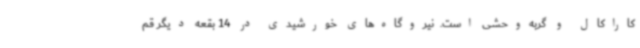
کاراکال و گربه‌وحشی است. ‌ نیروگاه‌های خورشیدی در 14 بقعه دیگر قم